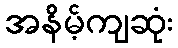
အနိမ့်ကျဆုံး